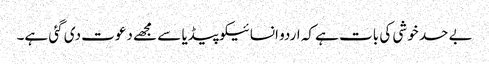
بے حد خوشی کی بات ہے کہ اردو انسائیکوپیڈیا سے مجھے دعوت دی گئی ہے۔